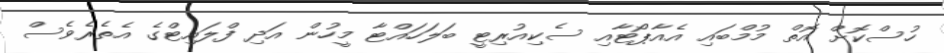
ހުސްކޮށް އޮތް މުމްބައި އެއާޕޯޓާއި ސެކިއުރިޓީ ބަލަހައްޓާ މީހުން އަދި ފްލައިޓްގެ އެތެރެވެސް